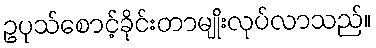
ဥပုသ်စောင့်ခိုင်းတာမျိုးလုပ်လာသည်။